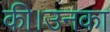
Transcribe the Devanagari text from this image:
की।उनका